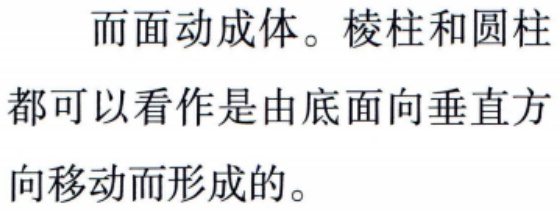
而面动成体。棱柱和圆柱都可以看作是由底面向垂直方向移动而形成的。